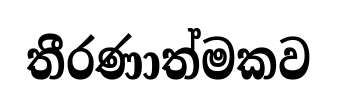
තීරණාත්මකව